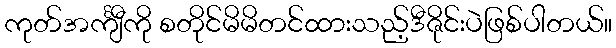
ကုတ်အင်္ကျီကို စတိုင်မိမိတင်ထားသည့်ဒီဇိုင်းပဲဖြစ်ပါတယ်။